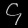
Digit: ၄